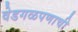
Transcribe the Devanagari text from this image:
वेडगळपणाची